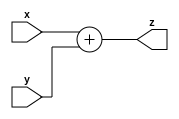
module adder(
	input [31:0] x, y,
	output [31:0] z
);

assign z = x + y;

endmodule